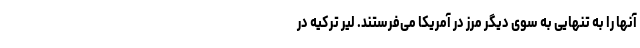
آنها را به تنهایی به سوی دیگر مرز در آمریکا می‌فرستند. لیر ترکیه در